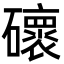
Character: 䃶